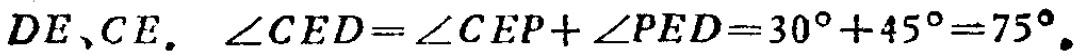
$DE、CE.\ \angle CED = \angle CEP+\angle PED = 30^{\circ}+45^{\circ}=75^{\circ}.$